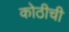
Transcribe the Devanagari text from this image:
कोठीची